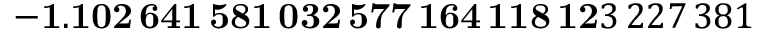
\mathbf { - 1 . 1 0 2 \, 6 4 1 \, 5 8 1 \, 0 3 2 \, 5 7 7 \, 1 6 4 \, 1 1 8 \, 1 2 } 3 \, 2 2 7 \, 3 8 1